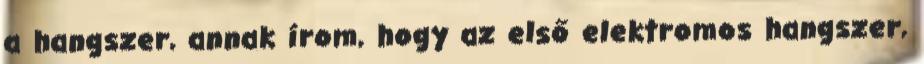
a hangszer, annak írom, hogy az első elektromos hangszer,